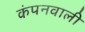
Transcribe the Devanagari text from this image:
कंपनवाली